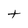
Character: t